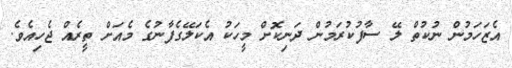
އެޒަހަމުން ނުކުތް ލޭ ސާފުކުރަމުން ދަނިކޮށް މީހަކު އެކަލޭގެފާނުގެ މެއަށް ތީރެއް ޖެހިއެވެ.